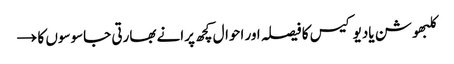
کلبھوشن یادیو کیس کا فیصلہ اور احوال کچھ پرانے بھارتی جاسوسوں کا →